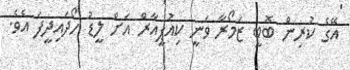
އޭގެ ކުރިން ބޮބީ ޒަމޯރާ ވަނީ ކިއުޕީއާރް އަށް ލީޑު ހޯދައިދީފަ އެވެ.